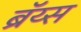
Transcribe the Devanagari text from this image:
ब्रॅय्स